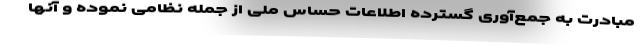
مبادرت به جمع‌آوری گسترده اطلاعات حساس ملی از جمله نظامی نموده و آنها